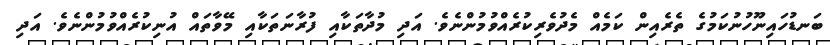
ބަނޑުހައިނޫހުނުކަމުގެ ތެރެއިން ކަމެއް މެދުވެރިކުރެއްވުމުންނެވެ. އަދި މުދާތަކާއި ފުރާނަތަކާއި މޭވާތައް އުނިކުރެއްވުމުންނެވެ. އަދި